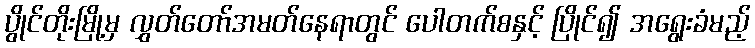
ပွိုင်တိုးမြို့မှ လွှတ်တော်အမတ်နေရာတွင် ပေါတက်စနှင့် ပြိုင်၍ အရွေးခံမည့်